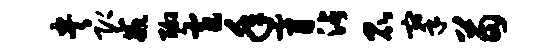
央即戒聊窄年膏沾昆搴苗